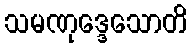
သမဏုဒ္ဒေသောတိ